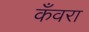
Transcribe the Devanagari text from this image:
कँवरा